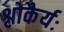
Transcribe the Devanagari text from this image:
श्लोकैर्यः